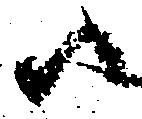
尉